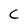
Character: C